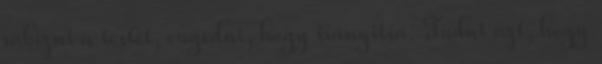
rábízni a testét, engedni, hogy irányitsa. Tudni azt, hogy